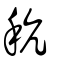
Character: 秔